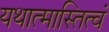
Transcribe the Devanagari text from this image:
यथात्मास्तित्वं